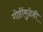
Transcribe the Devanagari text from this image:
गोष्टींमुळेही